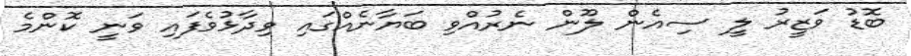
ބޮޑު ވަޒީރު ލީ ސިއެން ލޫން ނެރުއްވި ބަޔާނެއްގައި ވިދާޅުވެފައި ވަނީ ކޮންމެ